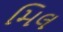
મિલ